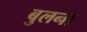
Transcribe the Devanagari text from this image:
बुलना